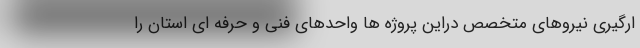
ارگیری نیروهای متخصص دراین پروژه ها واحدهای فنی و حرفه ای استان را